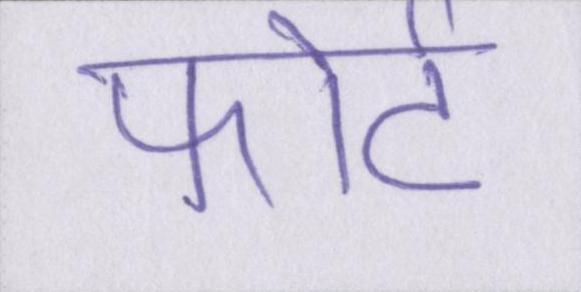
फोर्ट